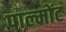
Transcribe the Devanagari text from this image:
पाल्मोंट